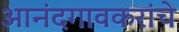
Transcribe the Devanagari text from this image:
आनंदगावकरांचे